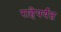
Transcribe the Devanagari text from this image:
राहेपर्यंत